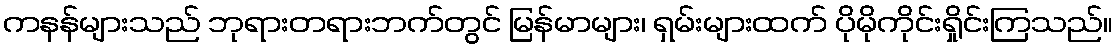
ကနန်များသည် ဘုရားတရားဘက်တွင် မြန်မာများ၊ ရှမ်းများထက် ပိုမိုကိုင်းရှိုင်းကြသည်။